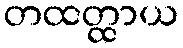
တထတ္ထာယ